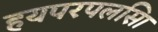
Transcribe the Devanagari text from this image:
हयपरपलसिा